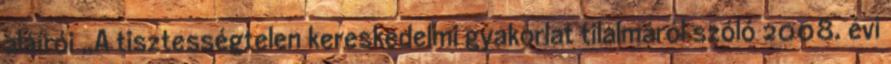
aláírói „A tisztességtelen kereskedelmi gyakorlat tilalmáról szóló 2008. évi